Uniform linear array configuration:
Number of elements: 4
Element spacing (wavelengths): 0.25
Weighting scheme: blackman
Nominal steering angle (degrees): -60
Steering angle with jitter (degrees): -61.477
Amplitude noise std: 0.05
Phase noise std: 0.05

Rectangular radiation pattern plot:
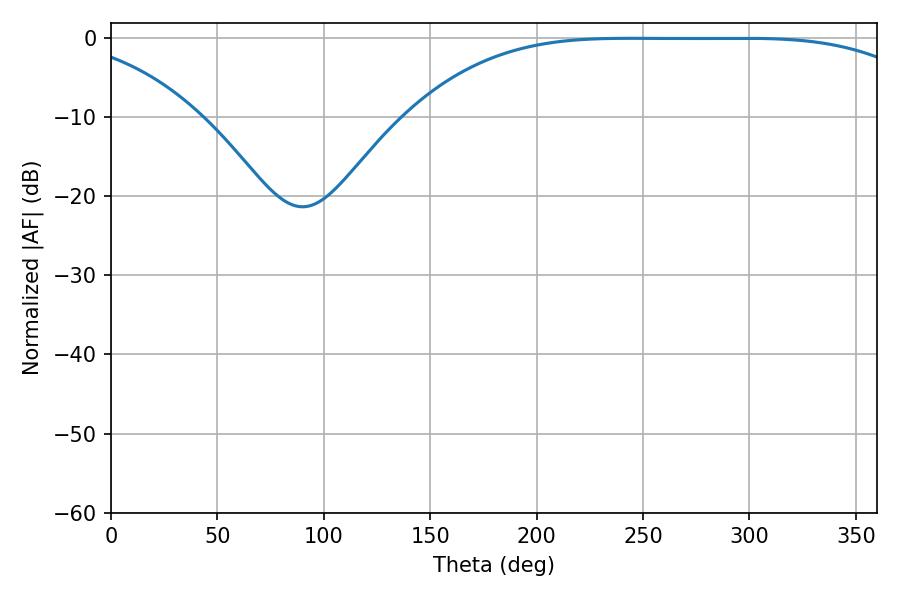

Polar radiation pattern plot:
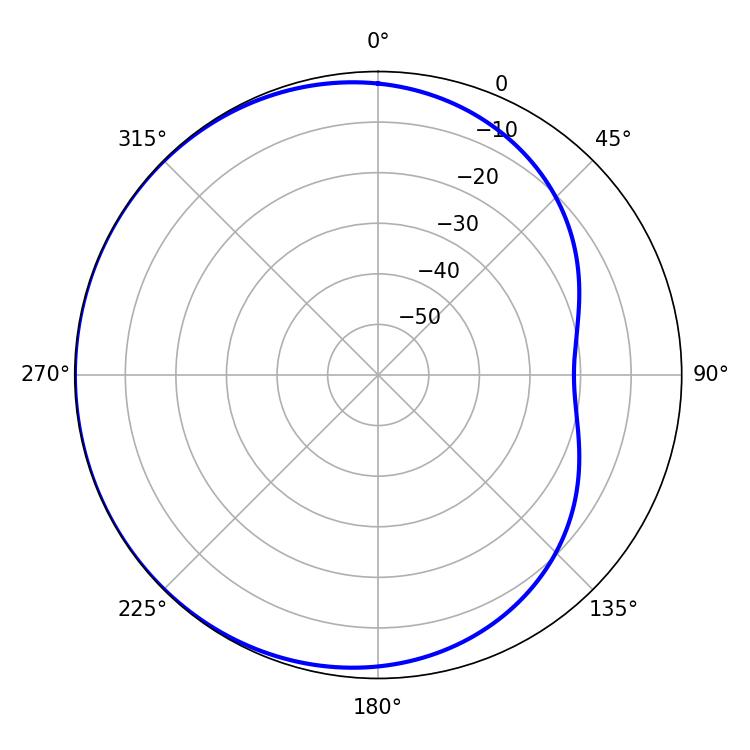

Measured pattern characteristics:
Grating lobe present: FALSE
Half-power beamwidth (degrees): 185.58
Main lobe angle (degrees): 244.44